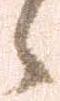
候